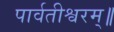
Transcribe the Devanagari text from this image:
पार्वतीश्वरम्॥